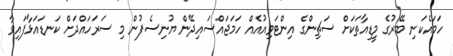
ހަމައެކަނި ބޭރުގެ މީޑިއާތަކަށް ސަޗިންގެ އިންޓަވިއުއެއް ހަމަޖައްސައިދޭން ޔުނިސެފުން މި ސަރަހައްދަށް ކަނޑައަޅާފައިވާ